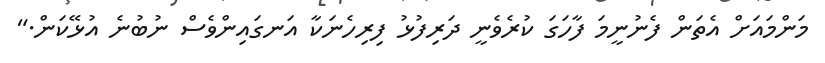
މަންމައަށް އެތަން ފެނުނީމަ ފާހަގަ ކުރެވެނީ ދަރިފުޅު ފިރިހެނަކާ އަނގައިންވެސް ނުބުނެ އުޅޭކަން."